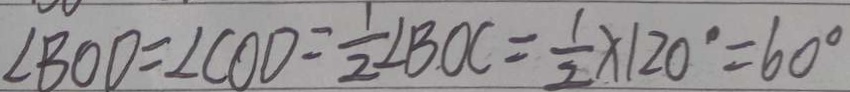
\angle B O D = \angle C O D = \frac { 1 } { 2 } \angle B O C = \frac { 1 } { 2 } \times 1 2 0 ^ { \circ } = 6 0 ^ { \circ }